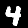
Label: 4